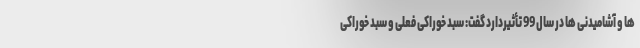
ها و آشامیدنی ها در سال 99 تأثیردارد گفت: سبد خوراکی فعلی و سبد خوراکی